Vaccination in Bombay 1889-1901 - 1889-1901
Year: 1889
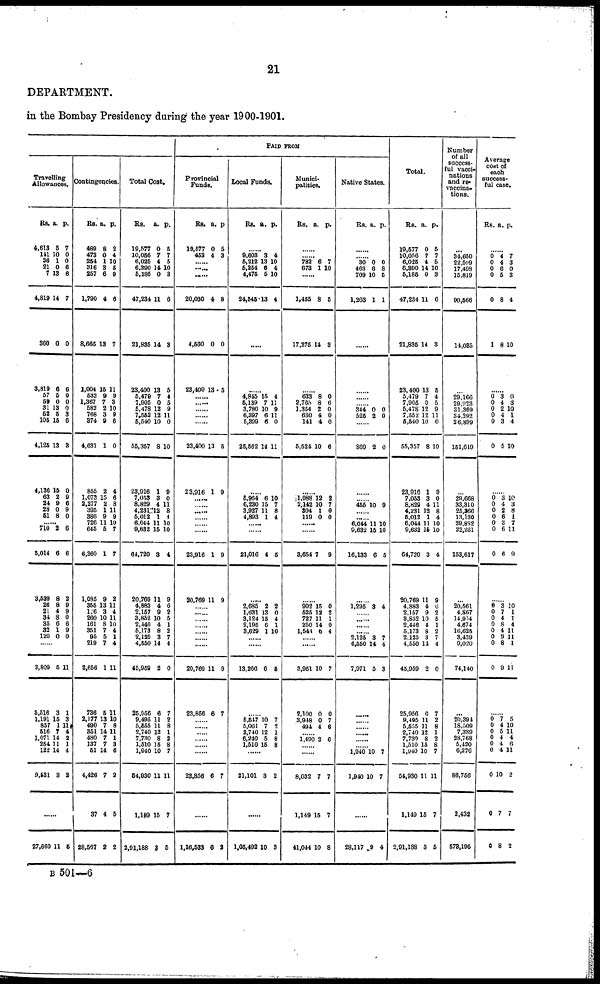
21
DEPARTMENT.
in the Bombay Presidency during the year 1900-1901.
PAID FROM
Travelling
Allowances.
Rs.
4,613
141
36
21
7
4,819
360
3,819
57
59
31
52
105
4,125
4,136
63
24
28
51
a.
5
10
1
0
13
14
0
6
5
0
13
5
15
13
15
2
9
0
8
p.
7
0
0
6
6
7
0
6
0
0
0
3
6
3
0
9
6
9
0
......
710
5,014
3,539
26
21
34
35
32
120
2
6
8
8
4
8
6
1
0
6
6
2
9
9
0
6
9
0
......
3,809
5,516
1,191
857
516
1,071
254
122
9,531
5
3
15
1
7
14
11 14
3
11
1
3
11
4
2
1
4
2
......
27,660 11 5
Contingencies.
Rs.
489
473
254
316
257
1,790
8,665
1,004
533
1,367
582
768
374
4,631
855
1,073
2,277
395
386
726
645
6,360
1,085
355
126
260
161
351
95
219
2,656
736
2,177
490
351
480
137
51
4,426
37
28,567
a.
8
0
1
3
6
4
13
15
9
7
2
3
9
1
2
15
2
1
9
11
5
1
9
13
3
10
8
7
5
7
1
5
13
7
14
7
7
14
7
4
2
p.
2
4
10
5
9
6
7
11
9
3
10
9
6
0
4
6
8
11
9
10
7
7
2
11
4
11
10
4
1
4
11
11
10
8
11
1
3
6
2
5
2
Total Cost.
Rs.
19,577
10,056
6,025
6,390
5,185
47,234
21,835
23,400
5,479
7,905
5,478
7,552
5,540
55,357
23,916
7,053
8,829
4,231
5,012
6,044
9,632
64,720
20,769
4,883
2,157
3,852
2,446
6,173
2,125
4,550
45,959
25,956
9,495
5,655
2,740
7,730
1,510
1,940
64,930
1,149
2,91,188
a.
0
7
4
14
0
11
14
13
7
0
12
12
10
8
1
3
4
12
1
11
15
3
11
4
9
10
4
8
3
14
2
6
11
11
12
8
15
10
11
15
3
p.
5
7
5
10
3
6
3
5
4
5
9
11
0
10
9
0
11
8
1
10
10
4
9
6
2
5
1
2
7
4
0
7
2
8
1
2
8
7
11
7
5
Provincial
Funds.
Rs.
19,577
453
a.
0
4
p.
5
3
......
......
......
20,030
4,560
23,400
4
0
13
8
0
5
......
......
......
......
......
23,400
23,916
13
1
5
9
......
......
......
......
......
......
23,916
20,769
1
11
9
9
......
......
......
......
......
......
......
20,769
23,856
11
6
9
7
......
......
......
......
......
......
23,856 6 7
......
1,16,533 6 2
Local Funds.
Rs. a. p.
......
9,603
5,212
5,254
4,475
24,545
3
13
6
5
13
4
10
4
10
4
......
......
4,845
5,139
3,780
6,397
5,399
25,562
15
7
10
6
6
14
4
11
9
11
0
11
......
5,964
6,230
3,927
4,893
6
15
11
1
10
7
8
4
......
......
21,016 4 5
......
2,685
1,631
3,124
2,195
3,629
2
13
15
6
1
2
0
4
1
10
......
13,266 6 5
......
5,547
5,061
2,740
6,240
1,510
10
7
12
5
15
7
2
1
8
8
......
21,101 3 2
......
1,05,492 10 3
Munici-
palities.
Rs. a. p.
......
......
782
673
6
1
7
10
......
1,455
17,275
8
14
5
3
......
633
2,765
1,354
630
141
5,524
8
8
2
4
4
10
0
6
0
0
0
6
......
1,088
2,142
304
119
12
10
1
0
2
7
0
0
......
......
3,654 7
9
......
902
525
727
250
1,544
15
12
11
14
6
0
2
1
0
4
......
......
3,951
2,100
3,948
494
10
0
0
4
7
0
7
6
......
1,490 2 6
......
......
8,032
1,149
41,044
7
15
10
7
7
8
Native States.
Rs. a. p.
......
......
30
463
709
1,203
0
6
10
1
0
8
5
1
......
......
......
......
344
525
0 2
0
0
......
869 2 0
......
......
455 10 9
......
......
6,044
9,632
16,133
11
15
6
10
10
5
......
1,295 3 4
......
......
......
......
2,125
4,550
7,971
3
14
5
7
4
3
......
......
......
......
......
......
1,940
1,940
10
10
7
7
......
28,117 9 4
Total.
Rs.
19,577
10,056
6,025
6,390
5,185
47,234
21,835
23,400
5,479
7,905
5,478
7,552
5,540
55,357
23,916
7,053
8,829
4,231
5,012
6,044
9,632
64,720
20,769
4,883
2,157
3,852
2,446
5,173
2,125
4,550
45,059
25,956
9,495
5,555
2,740
7,730
1,510
1,940
54,930
1,149
2,91,188
a.
0
7
4
14
0
11
14
13
7
0
12
12
10
8
1
3
4
12
1
11
15
3
11
4
9
10
4
8
3
14
2
6
11
11
12
8
15
10
11
15
3
p.
5
7
5
10
3
6
3
5
4
5
9
11
0
10
9
0
11
8
4
10
10
4
9
6
2
5
1
2
7
4
0
7
2
8
1
2
8
7
11
7
5
Number
of all
success-
ful vacci-
nations
and re¬
vaccina-
tions.
...
34,650
22,599
17,498
15,819
90,566
14,035
...
29,166
29,923
31,369
34,292
26,899
151,649
...
29,668
33,310
25,366
13,130
29,882
22,261
153,617
...
20,561
4,867
14,954
4,674
16,625
3,439
9,020
74,140
...
20,394
18,509
7,389
28,768
5,420
6,276
86,756
2,432
573,195
Average
cost of
each
success-
ful case.
Rs. a. p.
......
0
0
0
0
0
1
4
4
6
5
8
8
7
3
0
3
4
10
......
0
0
0
0
0
0
3
4
2
4
3
5
0
3
10
1
4
10
......
0
0
0
0
0
0
0
3
4
2
6
3
6
6
10
3
8
1
7
11
9
......
0
0
0
0
0
0
0
0
3
7
4
8
4
9
8
9
10
1
1
4
11
11
1
11
......
0
0
0
0
0
0
0
0
0
7
4
5
4
4
4
10
7
8
5
10
11
4
6
11
2
7
2
B 501—6